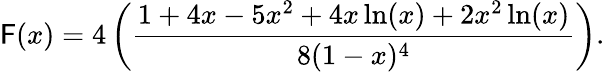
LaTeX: \mathsf{F}(x)=4\left(\frac{{1+4x-5x^{2}+4x\ln(x)+2x^{2}\ln(x)}}{{8(1-x)^{4}}}\right).